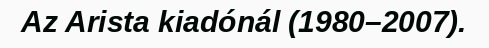
Az Arista kiadónál (1980–2007).